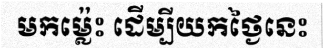
មកម្ល៉េះ ដើម្បីយកថ្ងៃនេះ